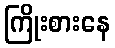
ကြိုးစားနေ